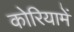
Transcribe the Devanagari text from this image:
कोरियामें